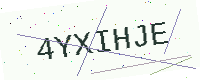
Text: 4YXIHJE